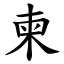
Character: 柬